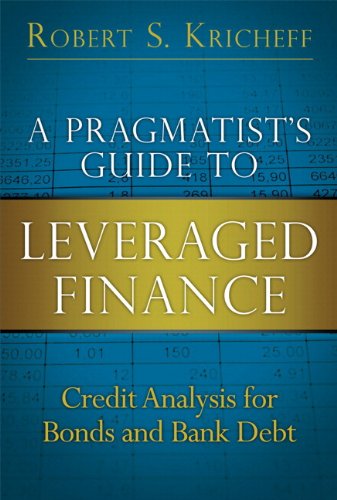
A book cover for A Pragmatist's Guide to Leveraged Finance: Credit Analysis for Bonds and Bank Debt (paperback) (Applied Corporate Finance); Robert S. Kricheff; Business & Money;